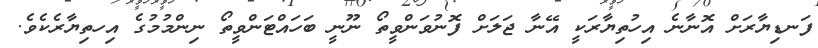
ފަނޑިޔާރަށް އޮނާނެ އިހުތިޔާރަކީ އޭނާ ޖަލަށް ފޮނުވަންވީތޯ ނޫނީ ބަހައްޓަންވީތޯ ނިންމުމުގެ އިހތިޔާރެކެވެ.